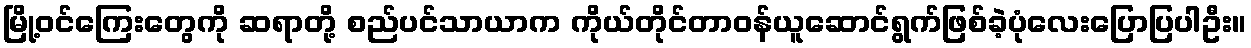
မြို့ဝင်ကြေးတွေကို ဆရာတို့ စည်ပင်သာယာက ကိုယ်တိုင်တာဝန်ယူဆောင်ရွက်ဖြစ်ခဲ့ပုံလေးပြောပြပါဦး။